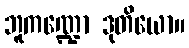
ဘူကဏ္ဍော ဒုတိယော။